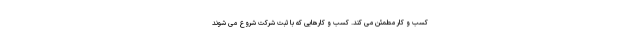
کسب و کار مطمئن می کند. کسب و کارهایی که با ثبت شرکت شروع می شوند